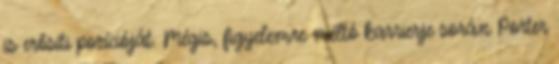
is erősíti pozícióját. Mégis, figyelemre méltó karrierje során Porter